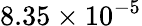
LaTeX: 8.35\times 10^{-5}